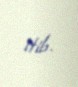
itib.